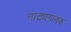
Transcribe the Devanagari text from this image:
नाट्यगायक